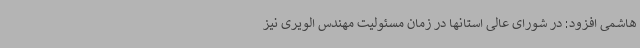
هاشمی افزود: در شورای عالی استانها در زمان مسئولیت مهندس الویری نیز